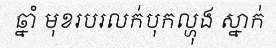
ឆ្នាំ មុខរបរលក់បុកល្ហុង ស្នាក់